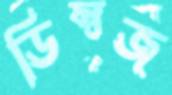
ডিম্বজ